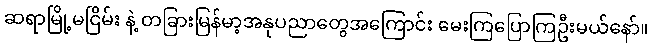
ဆရာမြို့မငြိမ်း နဲ့ တခြားမြန်မာ့အနုပညာတွေအကြောင်း မေးကြပြောကြဦးမယ်နော်။